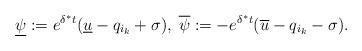
LaTeX: \begin{align*}\underline\psi:=e^{\delta^* t}(\underline u -q_{i_k}+\sigma),\; \overline\psi:=-e^{\delta^* t}(\overline u -q_{i_k}-\sigma).\end{align*}